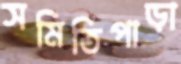
সমিতিপাড়া